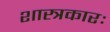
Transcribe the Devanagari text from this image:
शास्त्रकारः